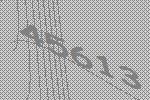
45613